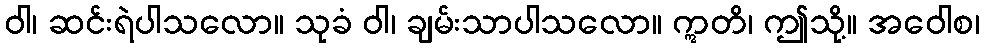
ဝါ၊ ဆင်းရဲပါသလော။ သုခံ ဝါ၊ ချမ်းသာပါသလော။ ဣတိ၊ ဤသို့။ အဝေါစ၊